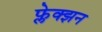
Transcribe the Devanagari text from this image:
फ्लेक्झन